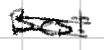
Text: Best
Cross-out: double-line
Writing tool: digital_black